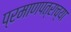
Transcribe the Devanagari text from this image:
प्रमाणपत्राच्या